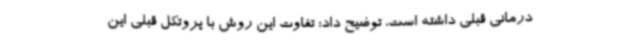
درمانی قبلی داشته است، توضیح داد: تفاوت این روش با پروتکل قبلی این